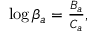
\begin{array} { r } { \log \beta _ { a } = \frac { B _ { a } } { C _ { a } } , } \end{array}